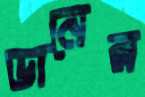
ডানের